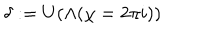
LaTeX: \delta : = U ( \Lambda ( \chi = 2 \pi i ) )